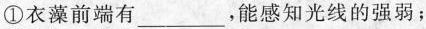
①衣藻前端有___，能感知光线的强弱；